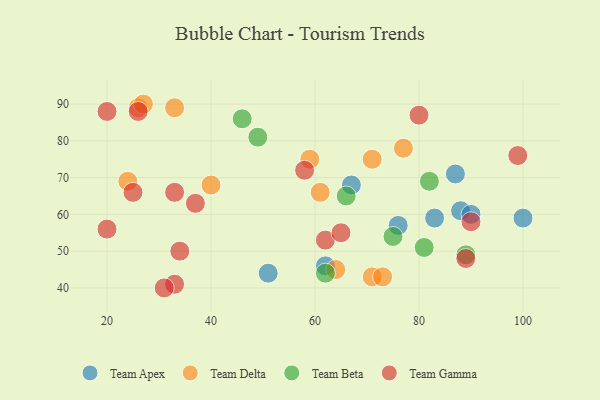
{"axis": {"x": "GDP", "y": "Life Expectancy"}, "legend": ["Team Apex", "Team Beta", "Team Delta", "Team Gamma"], "data": [{"x": "62", "y": 46, "type": "Team Apex"}, {"x": "88", "y": 61, "type": "Team Apex"}, {"x": "76", "y": 57, "type": "Team Apex"}, {"x": "90", "y": 60, "type": "Team Apex"}, {"x": "87", "y": 71, "type": "Team Apex"}, {"x": "100", "y": 59, "type": "Team Apex"}, {"x": "51", "y": 44, "type": "Team Apex"}, {"x": "83", "y": 59, "type": "Team Apex"}, {"x": "67", "y": 68, "type": "Team Apex"}, {"x": "61", "y": 66, "type": "Team Delta"}, {"x": "71", "y": 43, "type": "Team Delta"}, {"x": "33", "y": 89, "type": "Team Delta"}, {"x": "26", "y": 89, "type": "Team Delta"}, {"x": "71", "y": 75, "type": "Team Delta"}, {"x": "64", "y": 45, "type": "Team Delta"}, {"x": "27", "y": 90, "type": "Team Delta"}, {"x": "24", "y": 69, "type": "Team Delta"}, {"x": "73", "y": 43, "type": "Team Delta"}, {"x": "40", "y": 68, "type": "Team Delta"}, {"x": "77", "y": 78, "type": "Team Delta"}, {"x": "59", "y": 75, "type": "Team Delta"}, {"x": "81", "y": 51, "type": "Team Beta"}, {"x": "66", "y": 65, "type": "Team Beta"}, {"x": "62", "y": 44, "type": "Team Beta"}, {"x": "49", "y": 81, "type": "Team Beta"}, {"x": "82", "y": 69, "type": "Team Beta"}, {"x": "75", "y": 54, "type": "Team Beta"}, {"x": "46", "y": 86, "type": "Team Beta"}, {"x": "89", "y": 49, "type": "Team Beta"}, {"x": "80", "y": 87, "type": "Team Gamma"}, {"x": "34", "y": 50, "type": "Team Gamma"}, {"x": "20", "y": 88, "type": "Team Gamma"}, {"x": "33", "y": 41, "type": "Team Gamma"}, {"x": "89", "y": 48, "type": "Team Gamma"}, {"x": "99", "y": 76, "type": "Team Gamma"}, {"x": "37", "y": 63, "type": "Team Gamma"}, {"x": "20", "y": 56, "type": "Team Gamma"}, {"x": "62", "y": 53, "type": "Team Gamma"}, {"x": "25", "y": 66, "type": "Team Gamma"}, {"x": "65", "y": 55, "type": "Team Gamma"}, {"x": "58", "y": 72, "type": "Team Gamma"}, {"x": "26", "y": 88, "type": "Team Gamma"}, {"x": "31", "y": 40, "type": "Team Gamma"}, {"x": "33", "y": 66, "type": "Team Gamma"}, {"x": "90", "y": 58, "type": "Team Gamma"}]}